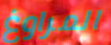
المراوغ